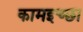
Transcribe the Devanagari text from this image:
कामइच्‍छा